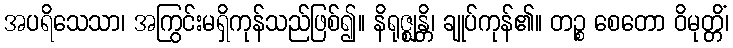
အပရိသေသာ၊ အကြွင်းမရှိကုန်သည်ဖြစ်၍။ နိရုဇ္ဈန္တိ၊ ချုပ်ကုန်၏။ တဉ္စ စေတော ဝိမုတ္တိံ၊